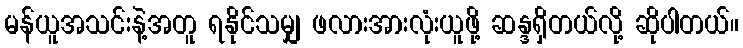
မန်ယူအသင်းနဲ့အတူ ရနိုင်သမျှ ဖလားအားလုံးယူဖို့ ဆန္ဒရှိတယ်လို့ ဆိုပါတယ်။